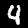
Label: 4